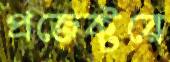
প্রজেক্টরে